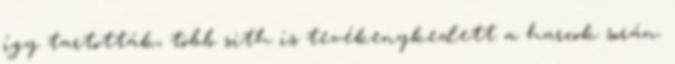
így tartották, több sith is tevékenykedett a harcok során.